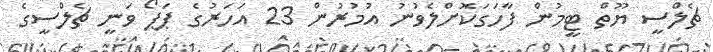
ޗެލްސީ ޔޫތް ޓީމުން ފާހަގަކޮށްލެވުނު އުމުރުން 23 އަހަރުގެ ޕަޕޯ ވަނީ ޗެލްސީގެ